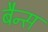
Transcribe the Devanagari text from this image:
बैन्स